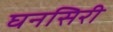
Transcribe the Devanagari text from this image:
घनसिरी